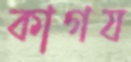
কাগয